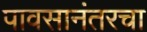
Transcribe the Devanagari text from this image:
पावसानंतरचा